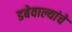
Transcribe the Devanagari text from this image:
डबेवाल्यांचे